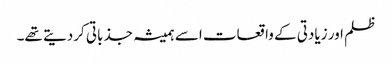
ظلم اور زیادتی کے واقعات اسے ہمیشہ جذباتی کردیتے تھے۔